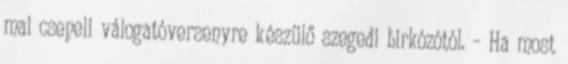
mai csepeli válogatóversenyre készülő szegedi birkózótól. – Ha most